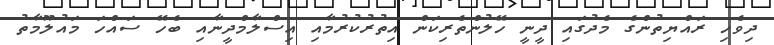
ދިވެހި ރައްޔިތުންގެ މެދުގައި ދީނީ ހޭލުންތެރިކަން އިތުރުކުރުމާއި އިސްލާމްދީނާއި ބެހޭ ސައްހަ މައުލޫމާތު